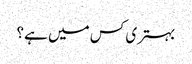
بہتری کس میں ہے؟